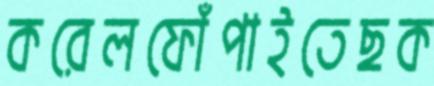
করেলফোঁপাইতেছক